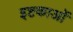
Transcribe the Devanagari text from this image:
इष्टकाओं